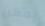
يمكن